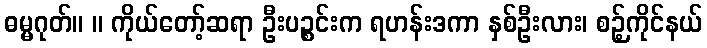
ဓမ္မဂုတ်။ ။ ကိုယ်တော့်ဆရာ ဦးပဉ္စင်းက ရဟန်းဒကာ နှစ်ဦးလား၊ စဉ့်ကိုင်နယ်